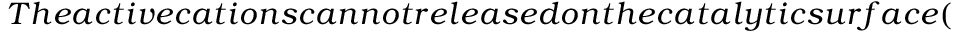
T h e a c t i v e c a t i o n s c a n n o t r e l e a s e d o n t h e c a t a l y t i c s u r f a c e (